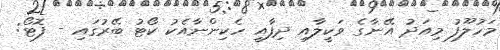
މަހުލޫފު މިއަދު އޭނާގެ ވަކީލާއި ދިފާއީ ހެކިންނާއެކު ކޯޓު ބޭރުގައި - ފޮޓޯ: